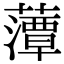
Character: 藫